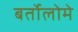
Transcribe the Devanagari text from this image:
बर्तोलोमे